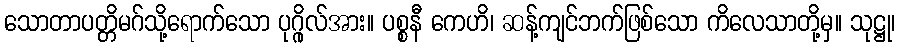
သောတာပတ္တိမဂ်သို့ရောက်သော ပုဂ္ဂိုလ်အား။ ပစ္စနီ ကေဟိ၊ ဆန့်ကျင်ဘက်ဖြစ်သော ကိလေသာတို့မှ။ သုဋ္ဌု၊